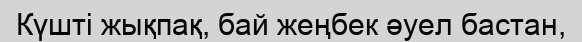
Күшті жықпақ, бай жеңбек әуел бастан,